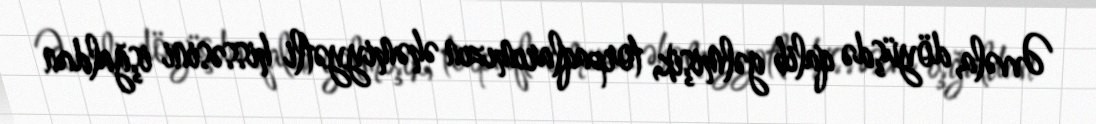
Əvvəla, döyüşdə qalib gəlmişik, torpaqlarımızın əhəmiyyətli hissəsini işğaldan